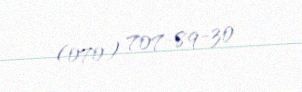
(070) 707-89-30